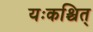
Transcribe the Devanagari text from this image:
यःकश्चित्